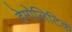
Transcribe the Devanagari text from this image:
हेमोलिटिक